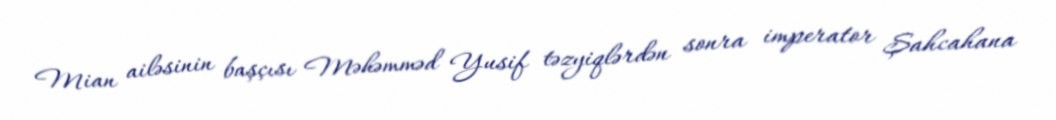
Mian ailəsinin başçısı Məhəmməd Yusif təzyiqlərdən sonra imperator Şahcahana